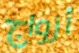
أزواج